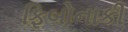
ફિબોનાકી